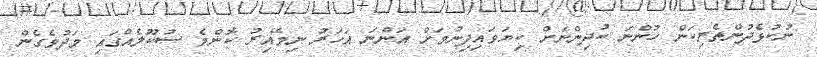
ނުކުޅެދުންތެރިކަން ހުންނަ ކުދިންނަށް ކިޔަވައިދިނުމަށް އަންނަ އަހަރު ނިމޭއިރު ކޮންމެ ސުކޫލެއްގައި މަދުވެގެން